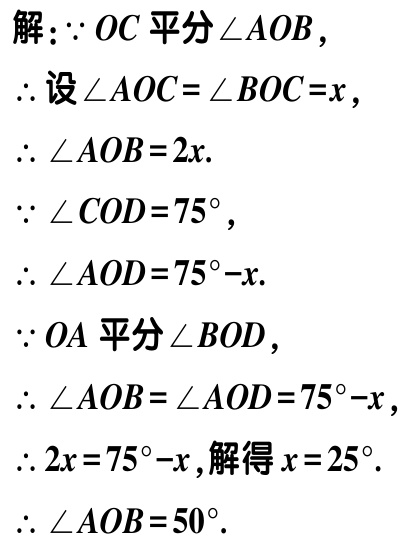
解：\(\because OC\)平分\(\angle AOB\)，
\(\therefore\)设\(\angle AOC = \angle BOC = x\)，
\(\therefore \angle AOB = 2x\).
\(\because \angle COD = 75^{\circ}\)，
\(\therefore \angle AOD = 75^{\circ}-x\).
\(\because OA\)平分\(\angle BOD\)，
\(\therefore \angle AOB = \angle AOD = 75^{\circ}-x\)，
\(\therefore 2x = 75^{\circ}-x\)，解得\(x = 25^{\circ}\).
\(\therefore \angle AOB = 50^{\circ}\).